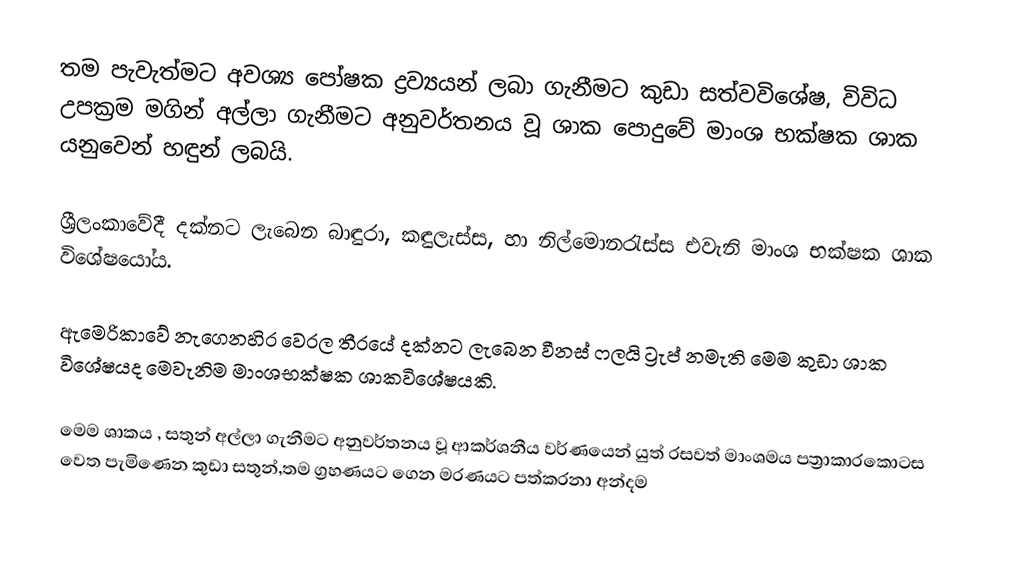
තම පැවැත්මට අවශ්‍ය පෝෂක ද්‍රව්‍යයන් ලබා ගැනීමට කුඩා සත්වවිශේෂ, විවිධ උපක්‍රම මගින්  අල්ලා ගැනීමට අනුවර්තනය වූ  ශාක පොදුවේ මාංශ භක්ෂක ශාක  යනුවෙන් හඳුන් ලබයි.

ශ්‍රීලංකාවේදී දක්නට ලැබෙන බාඳුරා, කඳුලැස්ස, හා නිල්මොනරැස්ස එවැනි  මාංශ භක්ෂක ශාක විශේෂයෝය.

ඇමෙරිකාවේ නැගෙනහිර වෙරල තීරයේ දක්නට ලැබෙන වීනස් ෆලයි ට්‍රැප් නමැති මෙම කුඩා ශාක විශේෂයද මෙවැනිම මාංශභක්ෂක ශාකවිශේෂයකි.

මෙම ශාකය ,  සතුන් අල්ලා ගැනීමට අනුවර්තනය වූ ආකර්ශනීය වර්ණයෙන් යුත් රසවත් මාංශමය පත්‍රාකාරකොටස වෙත පැමිණෙන කුඩා සතුන්,තම ග්‍රහණයට ගෙන මරණයට පත්කරනා අන්දම